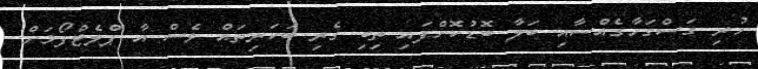
ހުރި ގަސްގަހާގެއްސާއި ބަލާ ބޮޑުކޮށްފައި ތިބި ގެރި ބަކަރިތައް ވެސް އާ ޕްލެޓްފޯމަށް